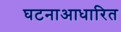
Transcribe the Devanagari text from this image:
घटनाआधारित